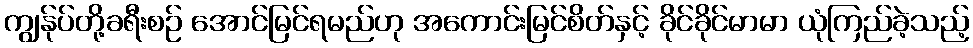
ကျွန်ုပ်တို့ခရီးစဉ် အောင်မြင်ရမည်ဟု အကောင်းမြင်စိတ်နှင့် ခိုင်ခိုင်မာမာ ယုံကြည်ခဲ့သည့်